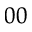
_ { 0 0 }